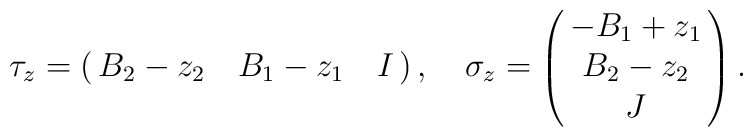
\tau_z = \pmatrix { B_2 - z_2 & B_1 - z_1 & I },\quad \sigma_z = \pmatrix {-B_1 + z_1 \cr B_2 - z_2 \cr J }.